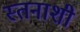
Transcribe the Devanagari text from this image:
स्तनाशी